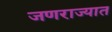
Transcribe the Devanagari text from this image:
जणराज्यात